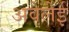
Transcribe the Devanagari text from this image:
अवेलेई